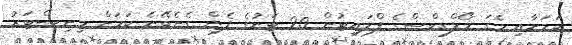
ކަމަށާއި މެގަ މޯލްޑިވްސްގެ ފްލައިޓުން 20 ޓަނުގެ ފެން ގެނެވޭނެ ކަމަށް މިނިސްޓަރު